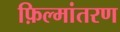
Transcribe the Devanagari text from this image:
फ़िल्मांतरण